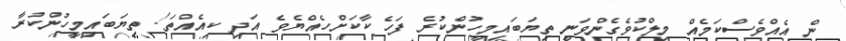
ން އެއްވެސްކަމެއް މިލްކުވެގެންވަނީ ތިޔަބައިމީހުންކުރެ ފަހެ ކާކަށްހެއްޔެވެ އަދި ކިއެއްތަ! ތިޔަބައިމީހުންކުރާ